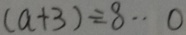
( a + 3 ) \div 8 \cdot 0